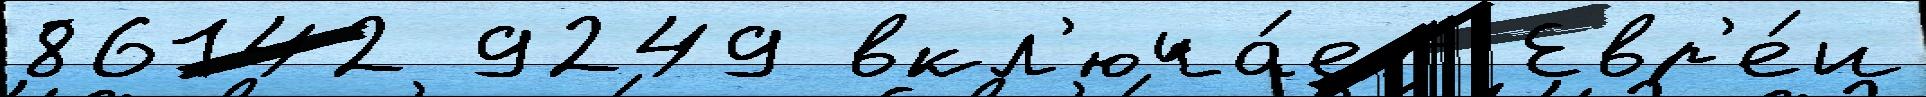
86142 9249 вкл'юча́ет Евр'е́и